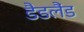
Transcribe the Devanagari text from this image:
डैडलैंड